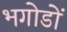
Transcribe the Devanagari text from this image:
भगोडों